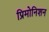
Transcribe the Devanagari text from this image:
प्रिमोनिशन